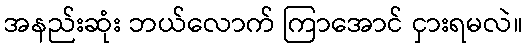
အနည်းဆုံး ဘယ်လောက် ကြာအောင် ငှားရမလဲ။